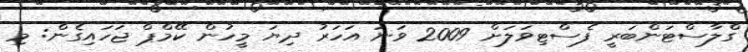
ގްލާސްޓަންބަރީ ފެސްޓިވަލަށް 2009 ވަނަ އަހަރު ދިޔަ މީހުން ކޭމްޕް ޖަހައިގެން: މި